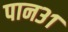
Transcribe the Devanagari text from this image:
पान३१